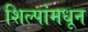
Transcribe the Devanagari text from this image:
शिल्पांमधून